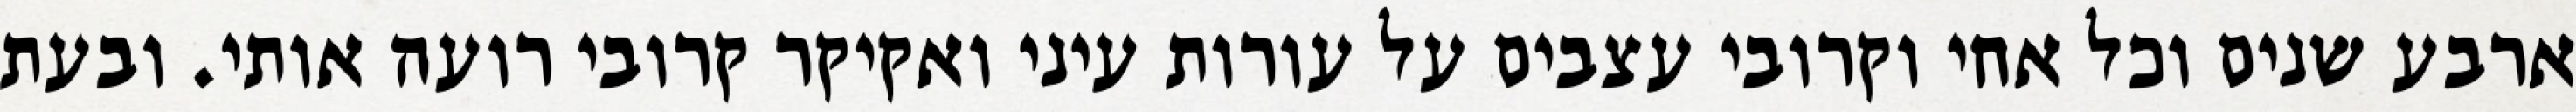
ארבע שנים וכל אחי וקרובי עצבים על עורות עיני ואקיקר קרובי רועה אותי. ובעת